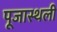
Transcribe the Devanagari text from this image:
पूजास्थली